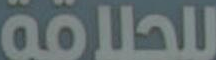
للحلاقة